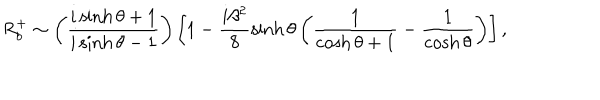
LaTeX: R _ { b } ^ { + } \sim \left( \frac { i \sinh \theta + 1 } { i \sinh \theta - 1 } \right) \left[ 1 - \frac { i \beta ^ { 2 } } { 8 } \sinh \theta \left( \frac { 1 } { \cosh \theta + 1 } - \frac { 1 } { \cosh \theta } \right) \right] ,